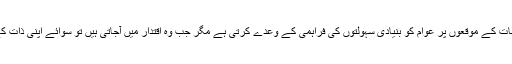
مگر ہماری ملک کی حکومتیں انتخابات کے موقعوں پر عوام کو بنیادی سہولتوں کی فراہمی کے وعدے کرتی ہے مگر جب وہ اقتدار میں آجاتی ہیں تو سوائے اپنی ذات کے علاوہ انہیں کسی فکر نہیں ہوتیں ۔